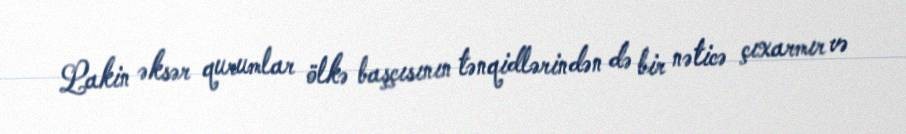
Lakin əksər qurumlar ölkə başçısının tənqidlərindən də bir nəticə çıxarmır və